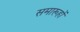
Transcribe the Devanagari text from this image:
समारूहों